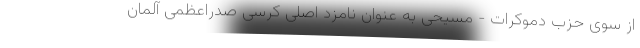
از سوی حزب دموکرات - مسیحی به عنوان نامزد اصلی کرسی صدراعظمی آلمان